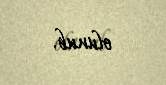
olunub.